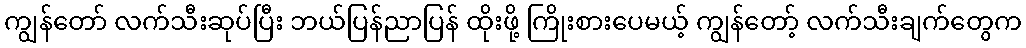
ကျွန်တော် လက်သီးဆုပ်ပြီး ဘယ်ပြန်ညာပြန် ထိုးဖို့ ကြိုးစားပေမယ့် ကျွန်တော့် လက်သီးချက်တွေက